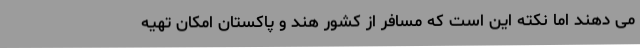
می دهند اما نکته این است که مسافر از کشور هند و پاکستان امکان تهیه